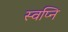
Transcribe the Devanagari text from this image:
स्वप्नि